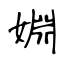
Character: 婣